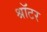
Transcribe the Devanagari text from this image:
श्रॉटर